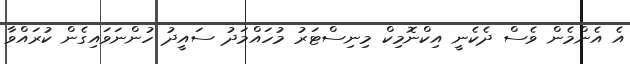
އެ އެންމެން ވެސް ދެކެނީ އިކްނޮމިކް މިނިސްޓަރު މުހައްމަދު ސައީދު ހުންނަވައިގެން ކުރައްވާ